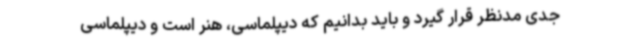
جدی مدنظر قرار گیرد و باید بدانیم که دیپلماسی، هنر است و دیپلماسی